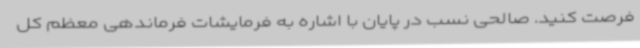
فرصت کنید. صالحی نسب در پایان با اشاره به فرمایشات فرماندهی معظم کل